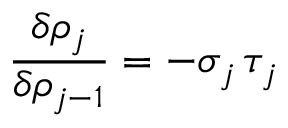
\frac { \delta \rho _ { j } } { \delta \rho _ { j - 1 } } = - \sigma _ { j } \, \tau _ { j }